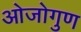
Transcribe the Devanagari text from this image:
ओजोगुण